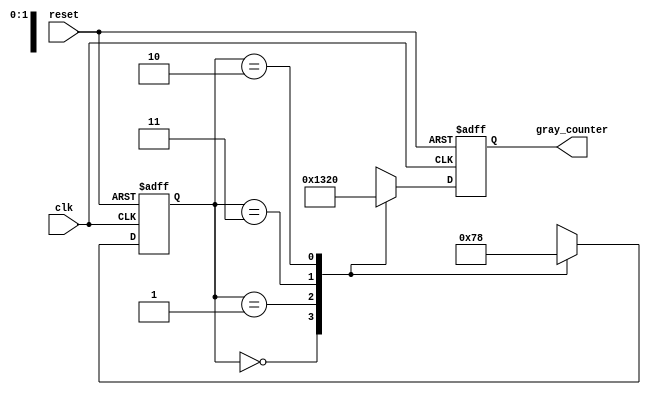
module GrayCounterClockDivider(
    input wire clk,
    input wire reset,
    output reg [3:0] gray_counter
);

reg [1:0] gray_state;

always @(posedge clk or posedge reset) begin
    if (reset) begin
        gray_state <= 2'b00;
        gray_counter <= 4'b0000;
    end else begin
        case(gray_state)
            2'b00: begin
                gray_state <= 2'b01;
                gray_counter <= 4'b0001;
            end
            2'b01: begin
                gray_state <= 2'b11;
                gray_counter <= 4'b0011;
            end
            2'b11: begin
                gray_state <= 2'b10;
                gray_counter <= 4'b0010;
            end
            2'b10: begin
                gray_state <= 2'b00;
                gray_counter <= 4'b0000;
            end
        endcase
    end
end

endmodule